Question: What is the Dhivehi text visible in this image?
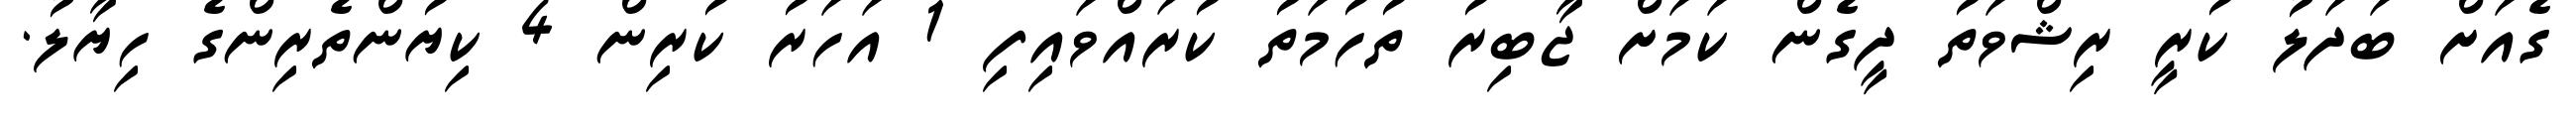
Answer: ގެއަށް ބަދަލު ކުރީ ރިޝްވަތު ދީގެން ކަމަށް ޖާބިރު ތުހުމަތު ކުރައްވައިފި 1 އަހަރު ކުރިން 4 ކިޔުންތެރިންގެ ހިޔާލު.